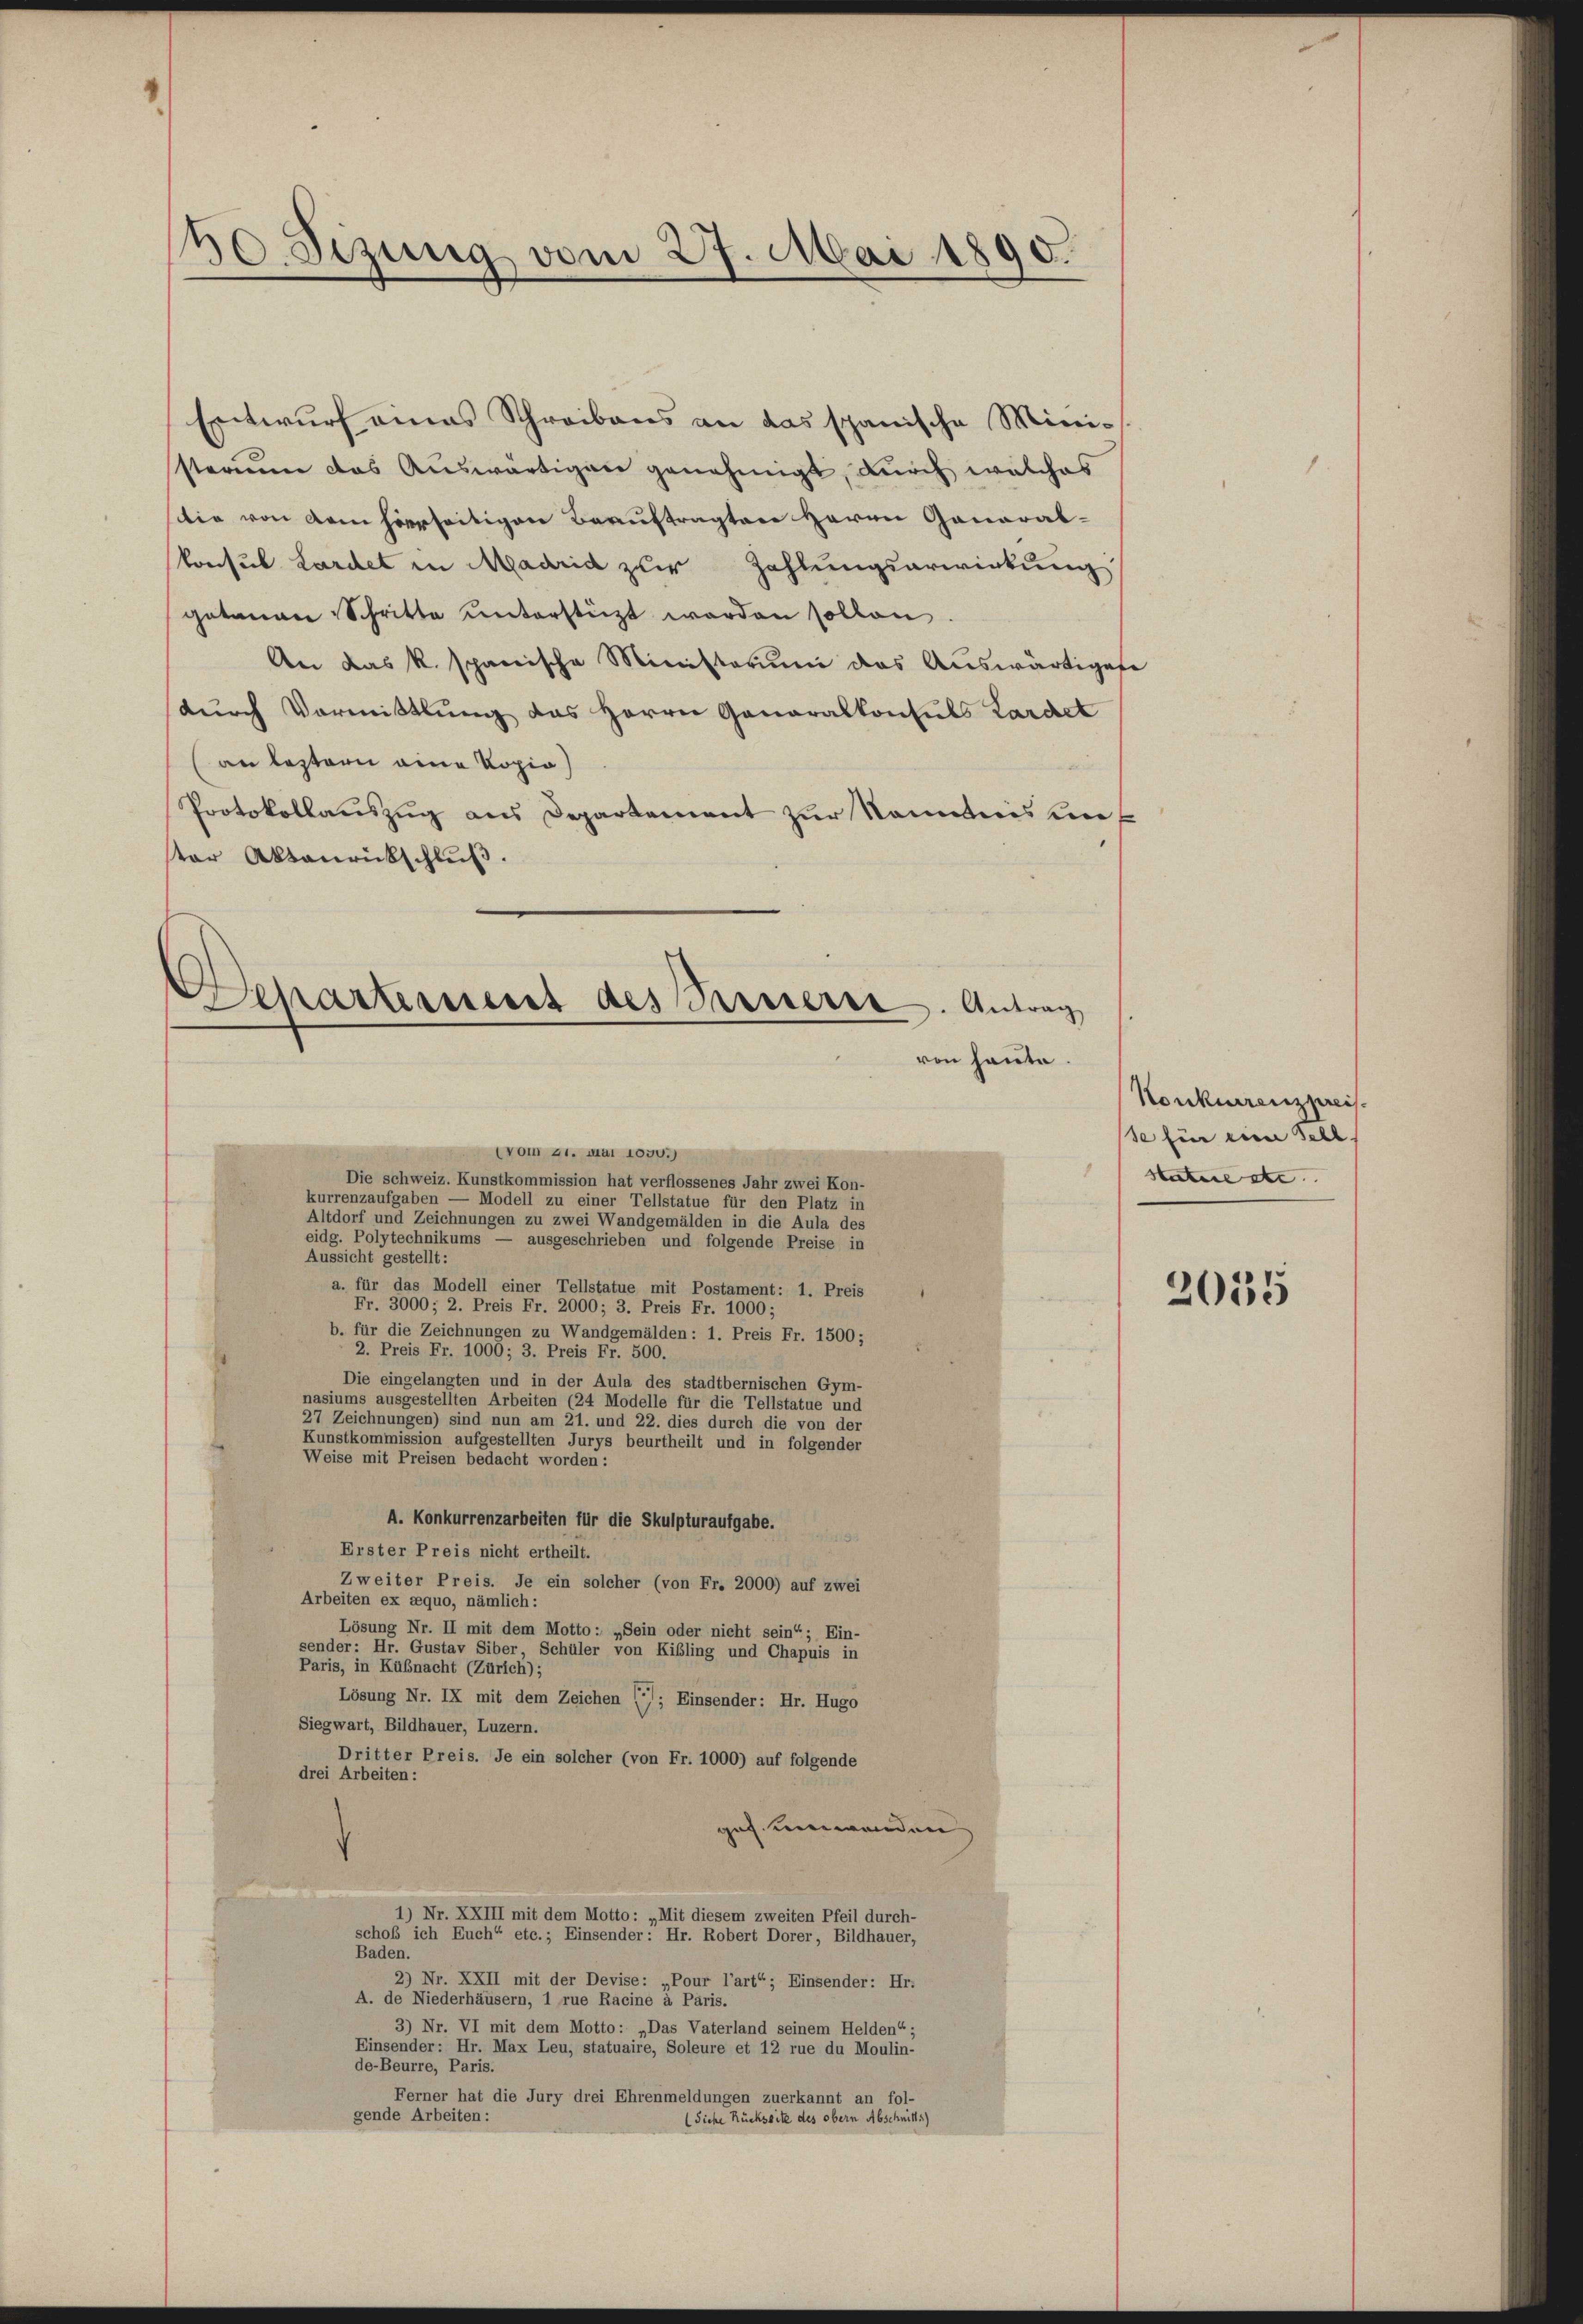
40 Sezung vom 27. Mai 1890.

Entwurf eines Schreibens an das spanische Ministerium das Aŭswärtigen genehmigt, durch welches
sttio von dem hierseitigen Beauftragten Herrn Ganarabkonsul Lardet in Madrid zur Zahlungsarwirkung
getanen Schritte unterstüzt werden sollen.
An das k. spanische Ministerium das Auswärtigese
durch Vormittlung des Herrn Generalkonsuls Kardet
an bestern eine Kopia)
Protokollauszug aus Departement zur Nominis unter Aktenrückschluß.
(vom 21. Mai 1030.)
Die schweiz. Kunstkommission hat verflossenes Jahr zwei Kon-
kurrenzaufgaben — Modell zu einer Tellstatue für den Platz in
Altdorf und Zeichnungen zu zwei Wandgemälden in die Aula des
eidg. Polytechnikums — ausgeschrieben und folgende Preise in
Aussicht gestellt:
a. für das Modell einer Tellstatue mit Postament: 1. Preis
Fr. 3000; 2. Preis Fr. 2000; 3. Preis Fr. 1000;
b. für die Zeichnungen zu Wandgemälden: 1. Preis Fr. 1500;
2. Preis Fr. 1006; 3. Preis Fr. 500.
Die eingelangten und in der Aula des stadtbernischen Gym-
nasiums ausgestellten Arbeiten (24 Modelle für die Tellstatue und
27 Zeichnungen) sind nun am 21. und 22. dies durch die von der
Kunstkommission aufgestellten Jurys beurtheilt und in folgender
Weise mit Preisen bedacht worden:
A. Konkurrenzarbeiten für die Skulpturaufgabe.
Erster Preis nicht ertheilt.
Zweiter Preis. Je ein solcher (von Fr. 2000) auf zwei
Arbeiten ex aequo, nämlich:
Lösung Nr. II mit dem Motto: „Sein oder nicht sein“; Ein-
sender: Hr. Gustav Siber, Schüler von Kibling und Chapuis in
Paris, in Küßnacht (Zürich);
Lösung Nr. IX mit dem Zeichen (2); Einsender: Hr. Hugo
Siegwart, Bildhauer, Luzern.
Dritter Preis. Je ein solcher (von Fr. 1000) auf folgende
drei Arbeiten:
ges. umwenden
1) Nr. XXIII mit dem Motto: „Mit diesem zweiten Pfeil durch-
schoß ich Euch“ etc.; Einsender: Hr. Robert Dorer, Bildhauer,
Baden.
2) Nr. XXII mit der Devise: „Pour l’art“; Einsender: Hr.
A. de Niederhäusern, 1 rue Racine à Paris.
3) Nr. VI mit dem Motto: „Das Vaterland seinem Helden“;
Einsender: Hr. Max Leu, statuaire, Soleure et 12 rue du Moulin-
de-Beurre, Paris.
Ferner hat die Jury drei Ehrenmeldungen zuerkannt an fol-
gende Arbeiten:
Siche Rückseite des obern Abschnitts)

Departement des Sarnterer. Antrag
ren heute.

Konkurrenzpreis.
se für eine Schl
Statue etc. |

2035